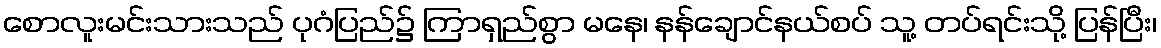
စောလူးမင်းသားသည် ပုဂံပြည်၌ ကြာရှည်စွာ မနေ၊ နန်ချောင်နယ်စပ် သူ့ တပ်ရင်းသို့ ပြန်ပြီး၊